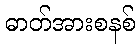
ဓာတ်အားစနစ်